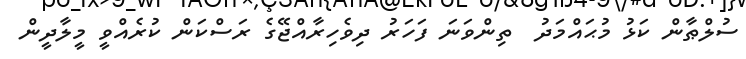
ސުލްޠާން ކަޅު މުޙައްމަދު  ތިންވަނަ ފަހަރު ދިވެހިރާއްޖޭގެ ރަސްކަން ކުރެއްވީ މީލާދީން